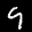
Label: 9